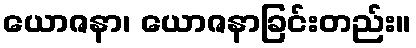
ယောဇနာ၊ ယောဇနာခြင်းတည်း။